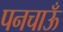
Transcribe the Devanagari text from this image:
पनचाऊँ